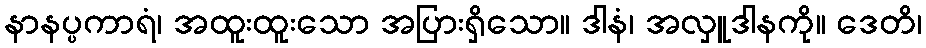
နာနပ္ပကာရံ၊ အထူးထူးသော အပြားရှိသော။ ဒါနံ၊ အလှူဒါနကို။ ဒေတိ၊